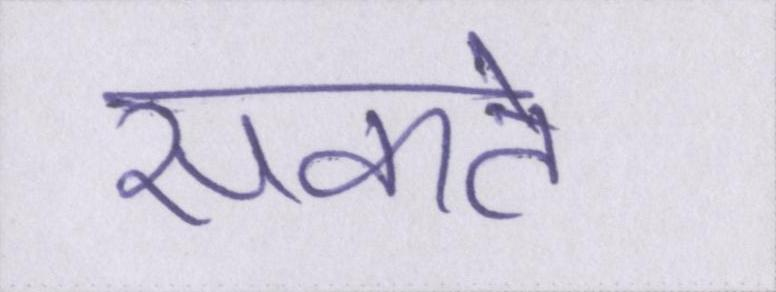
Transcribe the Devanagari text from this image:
सकते।